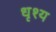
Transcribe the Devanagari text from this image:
धृश्य